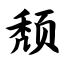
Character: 颓